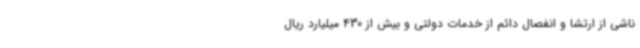
ناشی از ارتشا و انفصال دائم از خدمات دولتی و بیش از 430 میلیارد ریال